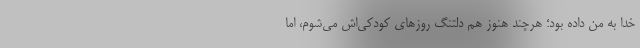
خدا به من داده بود؛ هرچند هنوز هم دلتنگ روز‌های کودکی‌اش می‌شوم، اما